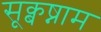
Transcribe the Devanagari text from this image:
सूक्बष्नाम